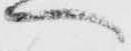
へ